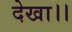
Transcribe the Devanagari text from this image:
देखा।।